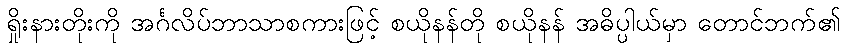
ရှိုးနားတိုးကို အင်္ဂလိပ်ဘာသာစကားဖြင့် စယိုနန်တို စယိုနန် အဓိပ္ပါယ်မှာ တောင်ဘက်၏